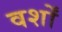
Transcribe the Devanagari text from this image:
वर्शों